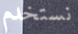
نستخدم